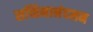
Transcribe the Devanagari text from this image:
सच्चिनानंदमन